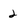
Character: 2